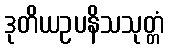
ဒုတိယဥပနိသသုတ္တံ